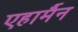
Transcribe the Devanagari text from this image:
एहार्मैन